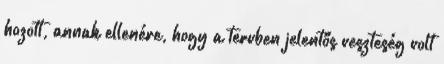
hozott, annak ellenére, hogy a tervben jelentős veszteség volt